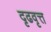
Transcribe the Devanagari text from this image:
दृढवृत्त